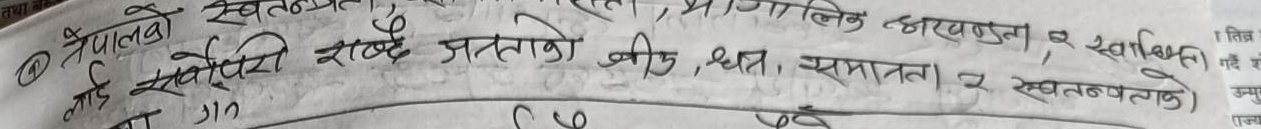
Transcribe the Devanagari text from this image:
नेपालको सार्वभौम सत्ता र राजकीय अ अखण्डता, र स्वाधिनता
लाई सर्वोपरि राख्दै जनताको जीउ, धन, समानता र स्वतन्त्रताको
सा गन